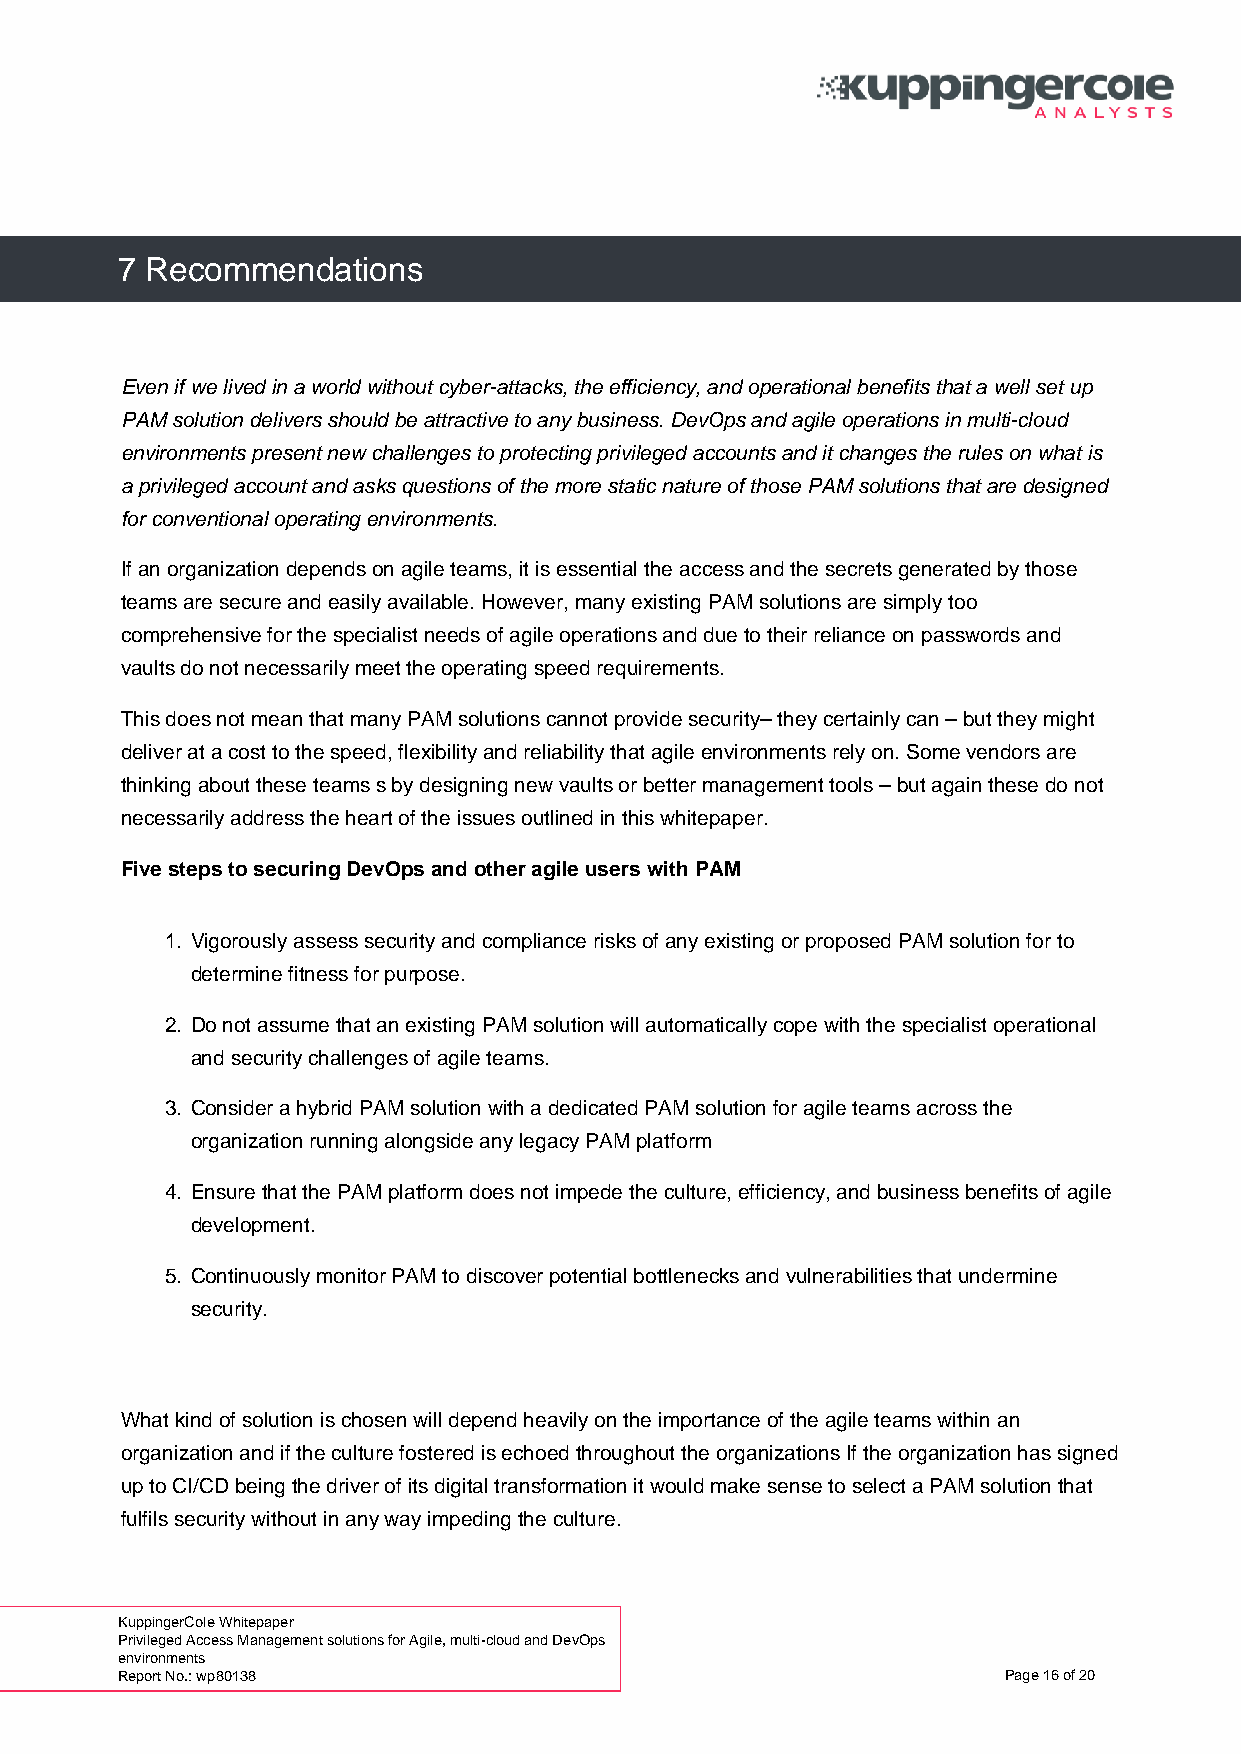
7 Recommendations
 Even if we lived in a world without cyber-attacks, the efficiency, and operational benefits that a well set up
 PAM solution delivers should be attractive to any business. DevOps and agile operations in multi-cloud
 environments present new challenges to protecting privileged accounts and it changes the rules on what is
 a privileged account and asks questions of the more static nature of those PAM solutions that are designed
 for conventional operating environments.
 If an organization depends on agile teams, it is essential the access and the secrets generated by those
 teams are secure and easily available. However, many existing PAM solutions are simply too
 comprehensive for the specialist needs of agile operations and due to their reliance on passwords and
 vaults do not necessarily meet the operating speed requirements.
 This does not mean that many PAM solutions cannot provide security– they certainly can – but they might
 deliver at a cost to the speed, flexibility and reliability that agile environments rely on. Some vendors are
 thinking about these teams s by designing new vaults or better management tools – but again these do not
 necessarily address the heart of the issues outlined in this whitepaper.
 Five steps to securing DevOps and other agile users with PAM
 1. Vigorously assess security and compliance risks of any existing or proposed PAM solution for to
 determine fitness for purpose.
 2. Do not assume that an existing PAM solution will automatically cope with the specialist operational
 and security challenges of agile teams.
 3. Consider a hybrid PAM solution with a dedicated PAM solution for agile teams across the
 organization running alongside any legacy PAM platform
 4. Ensure that the PAM platform does not impede the culture, efficiency, and business benefits of agile
 development.
 5. Continuously monitor PAM to discover potential bottlenecks and vulnerabilities that undermine
 security.
 What kind of solution is chosen will depend heavily on the importance of the agile teams within an
 organization and if the culture fostered is echoed throughout the organizations If the organization has signed
 up to CI/CD being the driver of its digital transformation it would make sense to select a PAM solution that
 fulfils security without in any way impeding the culture.
 KuppingerCole Whitepaper
 Privileged Access Management solutions for Agile, multi-cloud and DevOps
 environments
 Report No.: wp80138                                       Page 16 of 20